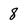
Character: 8